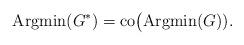
LaTeX: \begin{align*}{\rm Argmin}(G^*)={\rm co}\big({\rm Argmin}(G)).\end{align*}